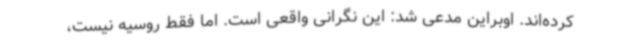
کرده‌اند. اوبراین مدعی شد: این نگرانی واقعی است. اما فقط روسیه نیست،